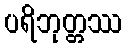
ပရိဘုတ္တဿ